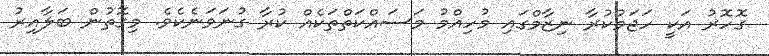
ގޮހޮރު އަކީ ހަޖަމުކުރާ ނިޒާމްގައި މުހިއްމު މަސައްކަތްތަކެއް ކުރާ ގުނަވަނެކެވެ. މިގޮތުން ބަލާއިރު